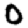
Digit: 0